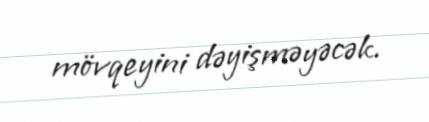
mövqeyini dəyişməyəcək.